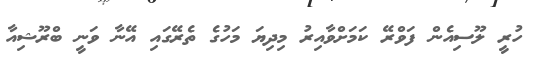
ހުރީ ލޫސިއެން ފަވްރޭ ކަމަށްވާއިރު މިދިޔަ މަހުގެ ތެރޭގައި އޭނާ ވަނީ ބްރޫޝިއާ